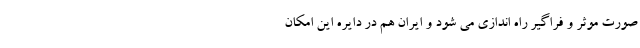
صورت موثر و فراگیر راه اندازی می شود و ایران هم در دایره این امکان